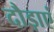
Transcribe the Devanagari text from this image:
दौड़ाएं